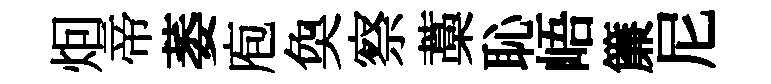
𤇆帝萎庖奐察藁恥峿簾尼